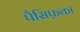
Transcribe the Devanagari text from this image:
पैसिफ़का